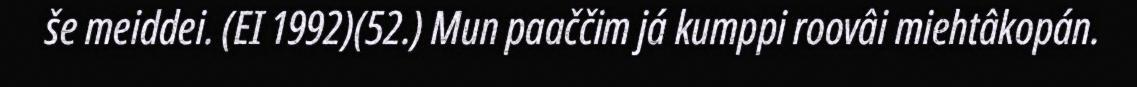
še meiddei. (EI 1992)(52.) Mun paaččim já kumppi roovâi miehtâkopán.